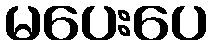
မပေးပေ